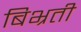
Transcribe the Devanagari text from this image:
बिभ्रती